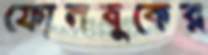
ফোনবুকের